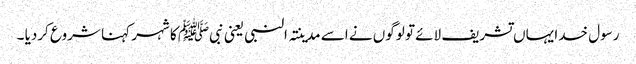
رسول خدا یہاں تشریف لائے تو لوگوں نے اسے مدینتہ النبی یعنی نبیﷺ کا شہر کہنا شروع کردیا ۔